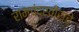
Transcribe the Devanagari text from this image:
रामचंद्रवीरांचे